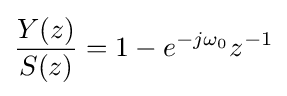
{\frac {Y(z)}{S(z)}}=1-e^{-j\omega _{0}}z^{-1}